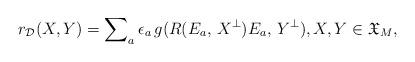
LaTeX: \begin{align*} {r}_{{\cal D}}(X,Y) = \sum\nolimits_{a} \epsilon_a\,g(R(E_a, \, X^\perp)E_a, \, Y^\perp), X,Y\in {\mathfrak X}_M,\end{align*}